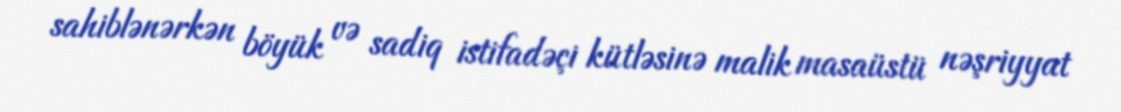
sahiblənərkən böyük və sadiq istifadəçi kütləsinə malik masaüstü nəşriyyat